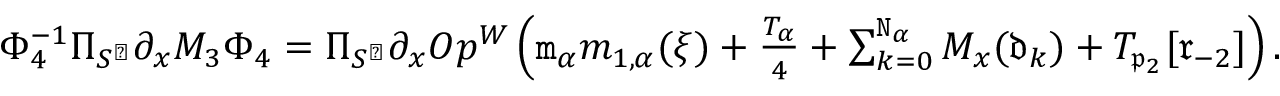
\begin{array} { r } { \Phi _ { 4 } ^ { - 1 } \Pi _ { S ^ { \perp } } \partial _ { x } M _ { 3 } \Phi _ { 4 } = \Pi _ { S ^ { \perp } } \partial _ { x } O p ^ { W } \left( \mathtt { m } _ { \alpha } m _ { 1 , \alpha } ( \xi ) + \frac { T _ { \alpha } } 4 + \sum _ { k = 0 } ^ { \mathtt { N } _ { \alpha } } M _ { x } ( \mathfrak { d } _ { k } ) + T _ { \mathfrak { p } _ { 2 } } [ \mathfrak { r } _ { - 2 } ] \right) . } \end{array}